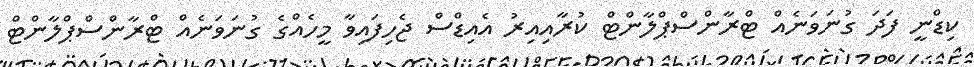
ކިޑްނީ ފަދަ ގުނަވަނެއް ޓްރާންސްޕްލާންޓް ކުރާއިއިރު އެއިޑްސް ޖެހިފައިވާ މީހެއްގެ ގުނަވަނެއް ޓްރާންސްޕްލާންޓް